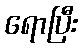
ရောပြီး